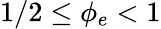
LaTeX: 1/2\le\phi_{e}<1